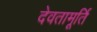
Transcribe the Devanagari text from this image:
देवतामूर्ति